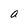
Character: a